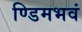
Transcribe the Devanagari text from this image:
ण्डिमभवं